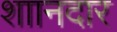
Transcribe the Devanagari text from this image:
शाानदार